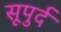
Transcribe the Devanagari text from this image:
सूपुर्द